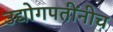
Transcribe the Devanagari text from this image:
उद्योगपतींनीच